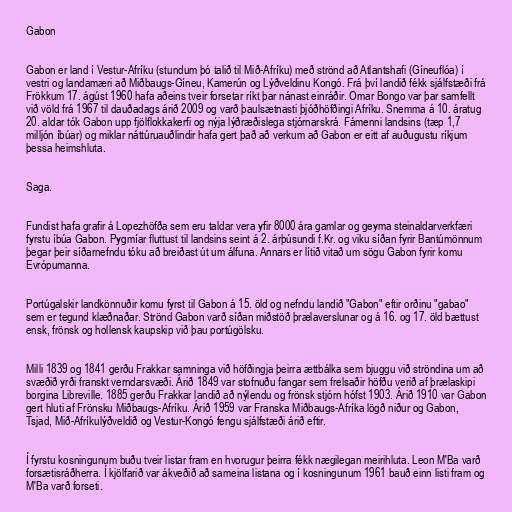
Gabon

Gabon er land í Vestur-Afríku (stundum þó talið til Mið-Afríku) með strönd að Atlantshafi (Gíneuflóa) í
vestri og landamæri að Miðbaugs-Gíneu, Kamerún og Lýðveldinu Kongó. Frá því landið fékk sjálfstæði frá
Frökkum 17. ágúst 1960 hafa aðeins tveir forsetar ríkt þar nánast einráðir. Omar Bongo var þar samfellt
við völd frá 1967 til dauðadags árið 2009 og varð þaulsætnasti þjóðhöfðingi Afríku. Snemma á 10. áratug
20. aldar tók Gabon upp fjölflokkakerfi og nýja lýðræðislega stjórnarskrá. Fámenni landsins (tæp 1,7
milljón íbúar) og miklar náttúruauðlindir hafa gert það að verkum að Gabon er eitt af auðugustu ríkjum
þessa heimshluta.

Saga.

Fundist hafa grafir á Lopezhöfða sem eru taldar vera yfir 8000 ára gamlar og geyma steinaldarverkfæri
fyrstu íbúa Gabon. Pygmíar fluttust til landsins seint á 2. árþúsundi f.Kr. og viku síðan fyrir Bantúmönnum
þegar þeir síðarnefndu tóku að breiðast út um álfuna. Annars er lítið vitað um sögu Gabon fyrir komu
Evrópumanna.

Portúgalskir landkönnuðir komu fyrst til Gabon á 15. öld og nefndu landið "Gabon" eftir orðinu "gabao"
sem er tegund klæðnaðar. Strönd Gabon varð síðan miðstöð þrælaverslunar og á 16. og 17. öld bættust
ensk, frönsk og hollensk kaupskip við þau portúgölsku.

Milli 1839 og 1841 gerðu Frakkar samninga við höfðingja þeirra ættbálka sem bjuggu við ströndina um að
svæðið yrði franskt verndarsvæði. Árið 1849 var stofnuðu fangar sem frelsaðir höfðu verið af þrælaskipi
borgina Libreville. 1885 gerðu Frakkar landið að nýlendu og frönsk stjórn hófst 1903. Árið 1910 var Gabon
gert hluti af Frönsku Miðbaugs-Afríku. Árið 1959 var Franska Miðbaugs-Afríka lögð niður og Gabon,
Tsjad, Mið-Afríkulýðveldið og Vestur-Kongó fengu sjálfstæði árið eftir.

Í fyrstu kosningunum buðu tveir listar fram en hvorugur þeirra fékk nægilegan meirihluta. Leon M'Ba varð
forsætisráðherra. Í kjölfarið var ákveðið að sameina listana og í kosningunum 1961 bauð einn listi fram og
M'Ba varð forseti.